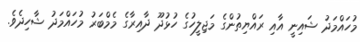
މުހައްމަދު ޝައިނީ އާއި ރައްޔިތުންގެ މަޖިލީހުގެ ހުޅުދޫ ދާއިރާގެ މެމްބަރު މުހައްމަދު ޝާހިދެވެ.